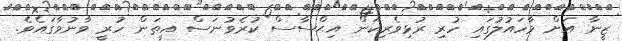
ޒީނާ އަށް މާހައުލުގައި ހުރި ރުޅިވެރިކަން އިޙްސާސް ކުރެވުނަސް އީތަން ހުރީ ވާނުވާގައެވެ.